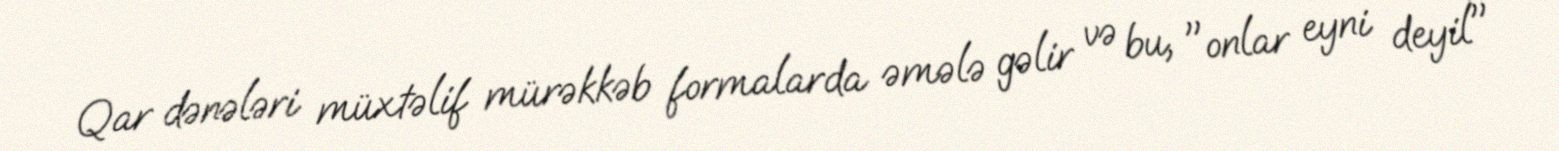
Qar dənələri müxtəlif mürəkkəb formalarda əmələ gəlir və bu, "onlar eyni deyil"